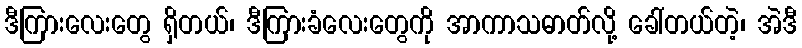
ဒီကြားလေးတွေ ရှိတယ်၊ ဒီကြားခံလေးတွေကို အာကာသဓာတ်လို့ ခေါ်တယ်တဲ့၊ အဲဒီ